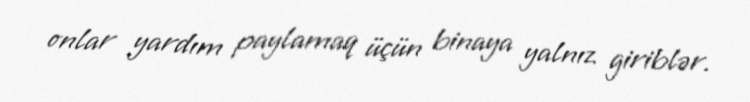
onlar yardım paylamaq üçün binaya yalnız giriblər.